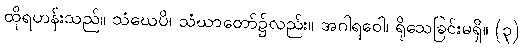
ထိုရဟန်းသည်။ သံဃေပိ၊ သံဃာတော်၌လည်း။ အဂါရဝေါ၊ ရိုသေခြင်းမရှိ။ (၃)